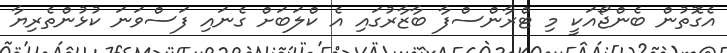
އެގޮތުން ބެންޖޯއަކީ މި ޓްރާންސްފާ ބާޒާރުގައި އެ ކްލަބަށް ގެނައި ފަސްވަނަ ކުޅުންތެރިޔާ